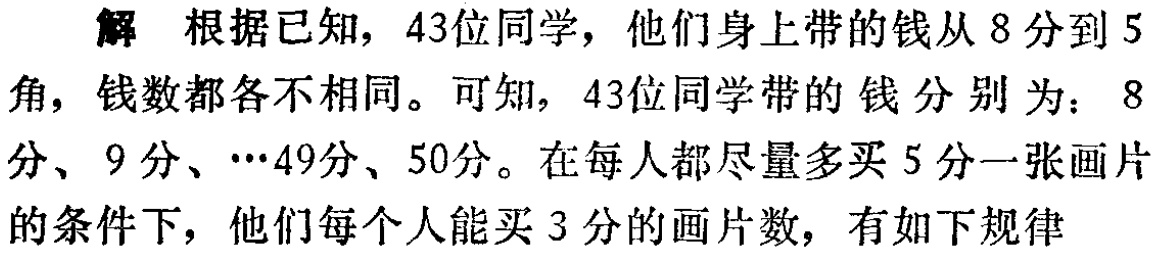
解 根据已知，43位同学，他们身上带的钱从8分到5角，钱数都各不相同。可知，43位同学带的钱分别为：8分、9分、$\cdots$49分、50分。在每人都尽量多买5分一张画片的条件下，他们每个人能买3分的画片数，有如下规律